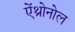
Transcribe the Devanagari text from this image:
ऐंथ्रोनोल